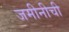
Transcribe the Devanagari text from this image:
जमीनीची